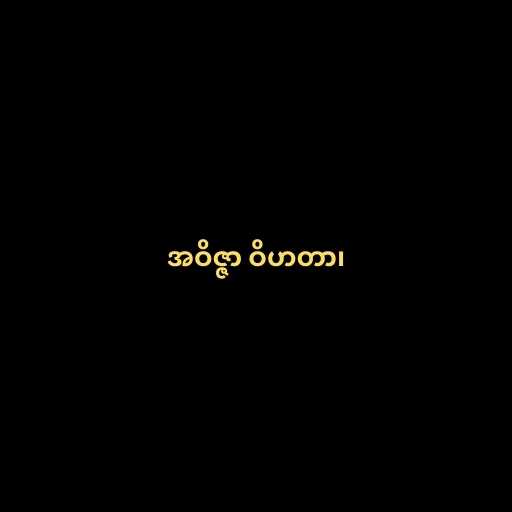
အဝိဇ္ဇာ ဝိဟတာ၊